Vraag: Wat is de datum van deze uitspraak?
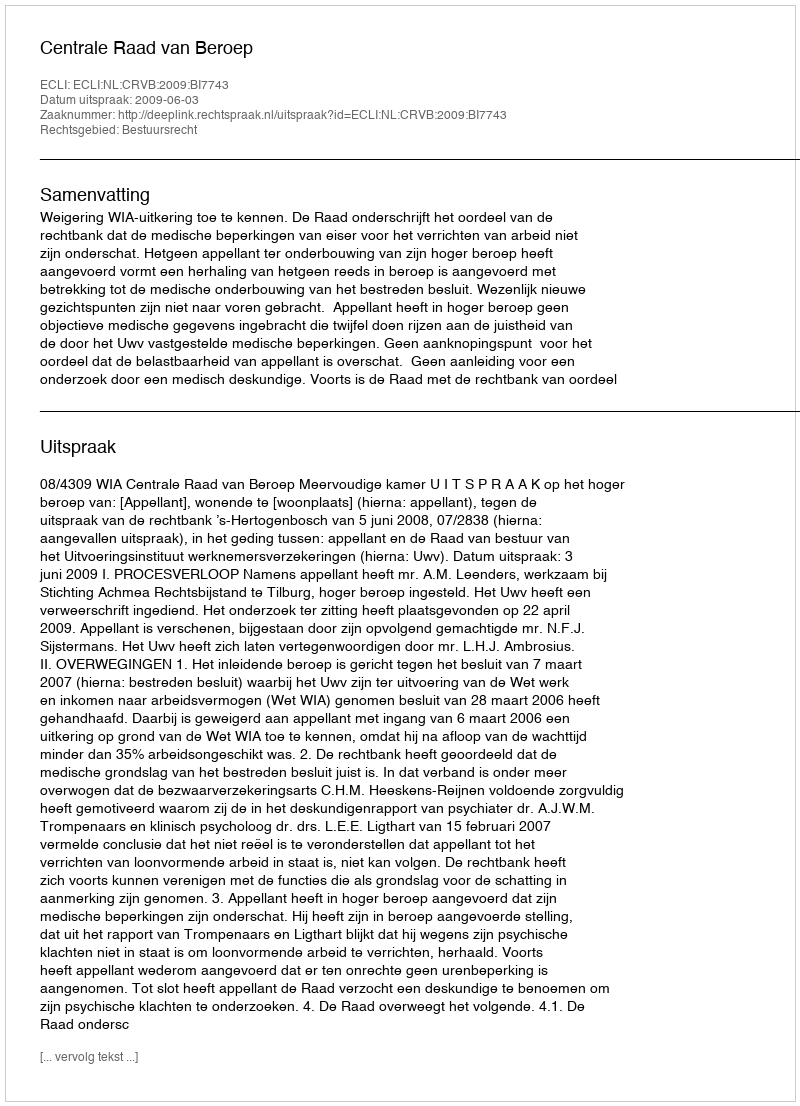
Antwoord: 2009-06-03